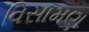
વિસામણ